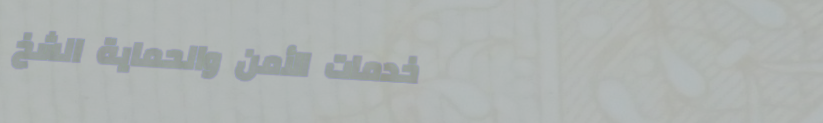
خدمات الأمن والحماية الشخ